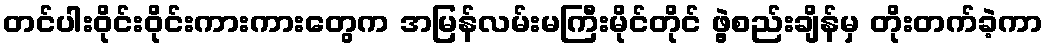
တင်ပါးဝိုင်းဝိုင်းကားကားတွေက အမြန်လမ်းမကြီးမိုင်တိုင် ဖွဲ့စည်းချိန်မှ တိုးတက်ခဲ့ကာ